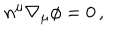
n ^ { \mu } \nabla _ { \mu } \phi = 0 \, ,